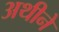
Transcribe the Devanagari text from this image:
अथीने